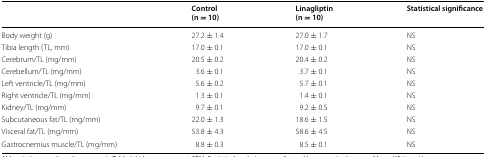
<table><thead><tr><td>[EMPTY_CELL]</td><td><b>Control(n = 10)</b></td><td><b>Linagliptin(n = 10)</b></td><td><b>Statistical significance</b></td></tr></thead><tbody><tr><td>Body weight (g)</td><td>27.2 ± 1.4</td><td>27.0 ± 1.7</td><td>NS</td></tr><tr><td>Tibia length (TL, mm)</td><td>17.0 ± 0.1</td><td>17.0 ± 0.1</td><td>NS</td></tr><tr><td>Cerebrum/TL (mg/mm)</td><td>20.5 ± 0.2</td><td>20.4 ± 0.2</td><td>NS</td></tr><tr><td>Cerebellum/TL (mg/mm)</td><td>3.6 ± 0.1</td><td>3.7 ± 0.1</td><td>NS</td></tr><tr><td>Left ventricle/TL (mg/mm)</td><td>5.6 ± 0.2</td><td>5.7 ± 0.1</td><td>NS</td></tr><tr><td>Right ventricle/TL (mg/mm)</td><td>1.3 ± 0.1</td><td>1.4 ± 0.1</td><td>NS</td></tr><tr><td>Kidney/TL (mg/mm)</td><td>9.7 ± 0.1</td><td>9.2 ± 0.5</td><td>NS</td></tr><tr><td>Subcutaneous fat/TL (mg/mm)</td><td>22.0 ± 1.3</td><td>18.6 ± 1.5</td><td>NS</td></tr><tr><td>Visceral fat/TL (mg/mm)</td><td>53.8 ± 4.3</td><td>58.6 ± 4.5</td><td>NS</td></tr><tr><td>Gastrocnemius muscle/TL (mg/mm)</td><td>8.8 ± 0.3</td><td>8.5 ± 0.1</td><td>NS</td></tr></tbody></table>